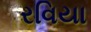
રવિયા